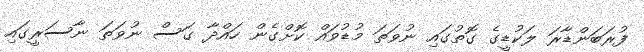
ފުރަބަންޑާރަ ލަކުޑީގެ ގޮތުގައި ނުވަތަ މުޑުވައް ކޮށްގެން ހައްދާ ގަސް ނުވަތަ ނާސަރީގައި